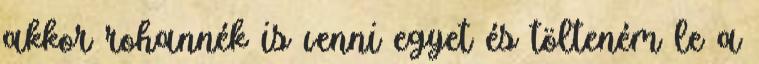
akkor rohannék is venni egyet és tölteném le a